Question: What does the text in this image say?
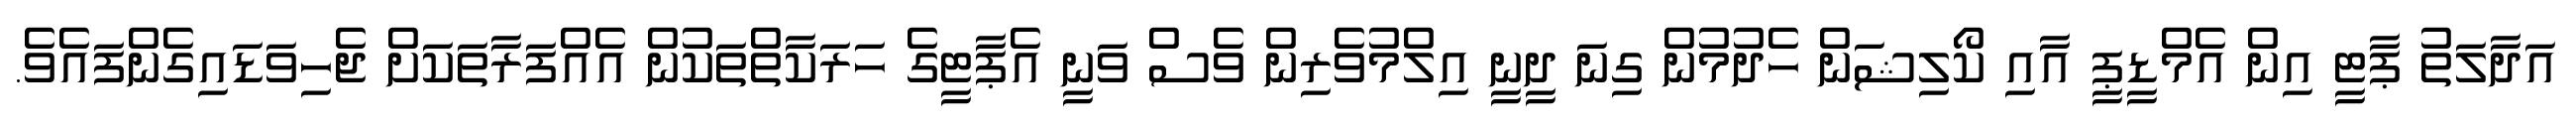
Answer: އަދާލަތު ޕާޓީ އިން އެމްޑީޕީ އާއި ކޯލިޝަން ހެދުމުން ގިނަ ދީނީ އިލްމުވެރިން ވެސް ވަނީ އެޕާޓީގެ ހަރަކާތްތަކުން އެއްފަރާތަކަށް ޖެހިވަޑައިގެންފައެވެ.